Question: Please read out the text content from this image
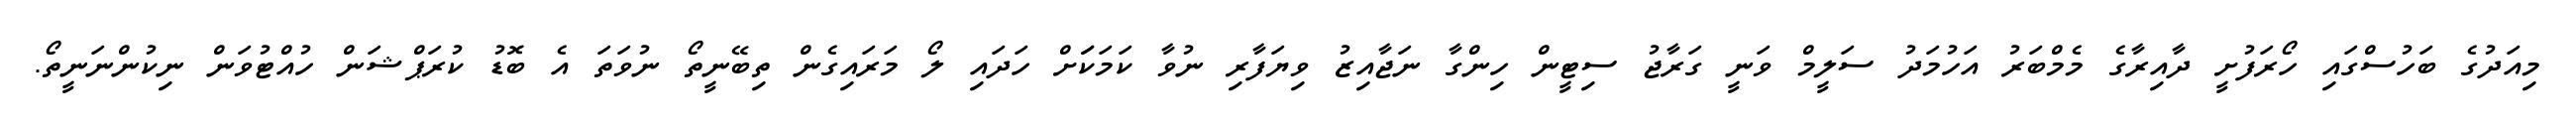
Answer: މިއަދުގެ ބަހުސްގައި ހޯރަފުށީ ދާއިރާގެ މެމްބަރު އަހުމަދު ސަލީމް ވަނީ ގަރާޖު ސިޓީން ހިންގާ ނަޖާއިޒު ވިޔަފާރި ނުވާ ކަމަކަަށް ހަދައި ލޯ މަރައިގެން ތިބޭނީތޯ ނުވަތަ އެ ބޮޑު ކުރަޕްޝަން ހުއްޓުވަން ނިކުންނަނީތޯ.